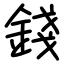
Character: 錢